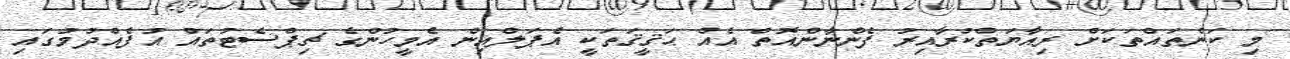
މި ކަންތައްތަކަށް ރިއާޔަތްކުރާއިރު ފެންނާންއޮތް އެއް ޙަޤީޤަތަކީ އެޕަލްއިން އެމީހުންގެ ޗިޕްސެޓުތައް އުފެއްދުމުގައި